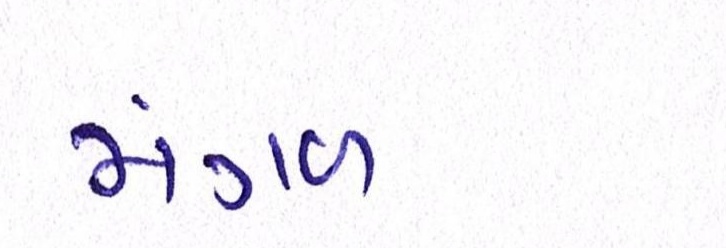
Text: મંગળ